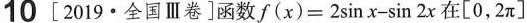
10 [2019·全国Ⅲ卷]函数$$f(x)=2\sin x-\sin2x$$在[0，2\pi]